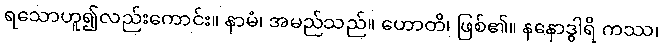
ရသောဟူ၍လည်းကောင်း။ နာမံ၊ အမည်သည်။ ဟောတိ၊ ဖြစ်၏။ နနောဒွါရိ ကဿ၊